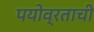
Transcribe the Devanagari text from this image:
पयोव्रताची